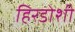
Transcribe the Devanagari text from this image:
हिरडोशी